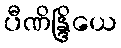
ပီဏိန္ဒြိယေ